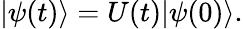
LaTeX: \vert\psi(t)\rangle=U(t)\vert\psi(0)\rangle.